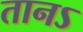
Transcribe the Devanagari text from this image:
तानऽ